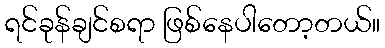
ရင်ခုန်ချင်စရာ ဖြစ်နေပါတော့တယ်။